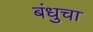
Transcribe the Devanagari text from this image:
बंधुचा